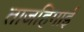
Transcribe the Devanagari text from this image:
ताजहिगाई